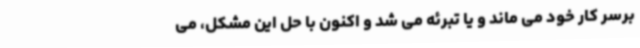
برسر کار خود می ماند و یا تبرئه می شد و اکنون با حل این مشکل، می